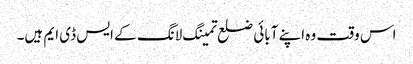
اس وقت وہ اپنے آبائی ضلع تمینگ لانگ کے ایس ڈی ایم ہیں۔